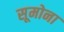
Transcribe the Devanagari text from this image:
सूमोना